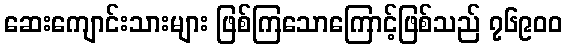
ဆေးကျောင်းသားများ ဖြစ်ကြသောကြောင့်ဖြစ်သည် ၇၆၉၀၀